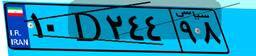
۱۰D۲۴۴۹۸